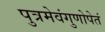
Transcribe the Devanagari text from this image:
पुत्रमेवंगुणोपेतं